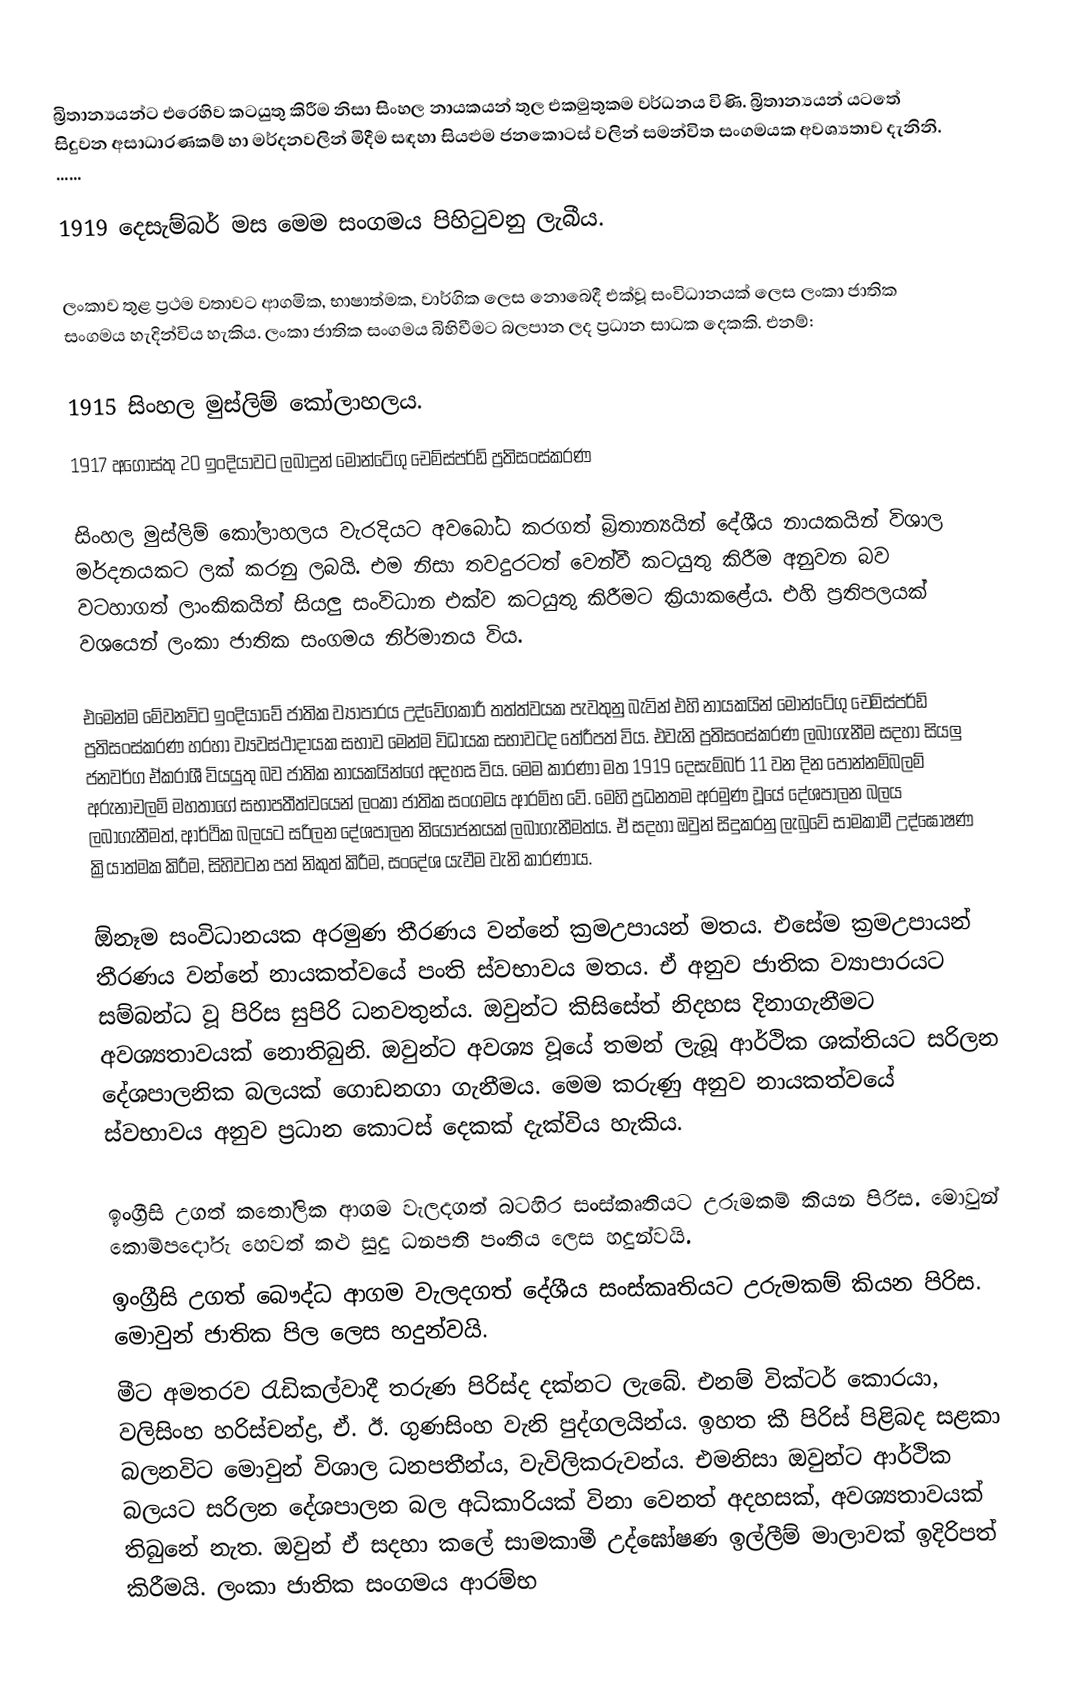
බ්‍රිතාන්‍යයන්ට එරෙහිව කටයුතු කිරීම නිසා සිංහල නායකයන් තුල එකමුතුකම වර්ධනය විණි. බ්‍රිතාන්‍යයන් යටතේ සිදුවන අසාධාරණකම් හා මර්දනවලින් මිදීම සඳහා සියළුම ජනකො‍ටස් වලින් සමන්විත සංගමයක අවශ්‍යතාව දැනිනි. ......

1919 දෙසැම්බර් මස මෙම සංගමය පිහිටුවනු ලැබීය.

ලංකාව තුළ ප්‍රථම වතාවට ආගමික, භාෂාත්මක, වාර්ගික ලෙස නොබෙදී එක්වූ සංවිධානයක් ලෙස ලංකා ජාතික සංගමය හැදින්විය හැකිය. ලංකා ජාතික සංගමය බිහිවීමට බලපාන ලද ප්‍රධාන සාධක දෙකකි. එනම්:

1915 සිංහල මුස්ලිම් කෝලාහලය.
1917 අගෝස්තු 20 ඉංදියාවට ලබාදුන් මොන්ටේගු චෙම්ස්පර්ඩ් ප්‍රතිසංස්කරණ

     සිංහල මුස්ලිම් කෝලාහලය වැරදියට අවබෝධ කරගත් බ්‍රිතාන්‍යයින් දේශීය නායකයින් විශාල මර්දනයකට ලක් කරනු ලබයි. එම නිසා තවදුරටත් වෙන්වී කටයුතු කිරීම අනුවන බව වටහාගත් ලාංකිකයින් සියලු සංවිධාන එක්ව කටයුතු කිරීමට ක්‍රියාකළේය. එහි ප්‍රතිපලයක් වශයෙන් ලංකා ජාතික සංගමය නිර්මානය විය.

    එමෙන්ම මේවනවිට ඉංදියාවේ ජාතික ව්‍යාපාරය උද්වේගකාරී තත්ත්වයක පැවතුනු බැවින් එහි නායකයින් මොන්ටේගු චෙම්ස්පර්ඩ් ප්‍රතිසංස්කරණ හරහා ව්‍යවස්ථාදායක සභාව මෙන්ම විධායක සභාවටද තේරීපත් විය. එවැනි ප්‍රතිසංස්කරණ ලබාගැනීම සදහා සියලු ජනවර්ග ඒකරාශී වියයුතු බව ජාතික නායකයින්ගේ අදහස විය. මෙම කාරණා මත 1919 දෙසැම්බර් 11 වන දින පොන්නම්බලම් අරුනාචලම් මහතාගේ සභාපතීත්වයෙන් ලංකා ජාතික සංගමය ආරම්භ වේ. මෙහි ප්‍රධනතම අරමුණ වූයේ දේශපාලන බලය ලබාගැනීමත්, ආර්ථික බලයට සරිලන දේශපාලන නියෝජනයක් ලබාගැනීමත්ය. ඒ සදහා ඔවුන් සිදුකරනු ලැබුවේ සාමකාමී උද්ඝෝෂණ ක්‍රියාත්මක කිරීම, සිහිවටන පත් නිකුත් කිරීම, සංදේශ යැවීම වැනි කාරණාය.

    ඕනෑම සංවිධානයක අරමුණ තීරණය වන්නේ ක්‍රමඋපායන් මතය. එසේම ක්‍රමඋපායන් තීරණය වන්නේ නායකත්වයේ පංති ස්වභාවය මතය. ඒ අනුව ජාතික ව්‍යාපාරයට සම්බන්ධ වූ පිරිස සුපිරි ධනවතුන්ය. ඔවුන්ට කිසිසේත් නිදහස දිනාගැනීමට අවශ්‍යතාවයක් නොතිබුනි. ඔවුන්ට අවශ්‍ය වූයේ තමන් ලැබූ ආර්ථික ශක්තියට සරිලන දේශපාලනික බලයක් ගොඩනගා ගැනීමය. මෙම කරුණු අනුව නායකත්වයේ ස්වභාවය අනුව ප්‍රධාන කොටස් දෙකක් දැක්විය හැකිය.

ඉංග්‍රීසි උගත් කතෝලික ආගම වැලදගත් බටහිර සංස්කෘතියට උරුමකම් කියන පිරිස. මොවුන් කොම්පදෝරු හෙවත් කළු සුදු ධනපති පංතිය ලෙස හදුන්වයි.
ඉංග්‍රීසි උගත් බෞද්ධ ආගම වැලදගත් දේශීය සංස්කෘතියට උරුමකම් කියන පිරිස. මොවුන් ජාතික පිල ලෙස හදුන්වයි.
      මීට අමතරව රැඩිකල්වාදී තරුණ පිරිස්ද දක්නට ලැබේ. එනම් වික්ටර් කොරයා, වලිසිංහ හරිස්චන්ද්‍ර, ඒ. ඊ. ගුණසිංහ වැනි පුද්ගලයින්ය. ඉහත කී පිරිස් පිළිබද සළකා බලනවිට මොවුන් විශාල ධනපතීන්ය, වැවිලිකරුවන්ය. එමනිසා ඔවුන්ට ආර්ථික බලයට සරිලන දේශපාලන බල අධිකාරියක් විනා වෙනත් අදහසක්, අවශ්‍යතාවයක් තිබුනේ නැත. ඔවුන් ඒ සදහා කලේ සාමකාමී උද්ඝෝෂණ ඉල්ලීම් මාලාවක් ඉදිරිපත් කිරීමයි. ලංකා ජාතික සංගමය ආරම්භ